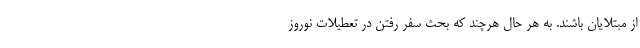
از مبتلایان باشند. به هر حال هرچند که بحث سفر رفتن در تعطیلات نوروز